Medical and sanitary report of the native army of Madras for the year
Year: 1878
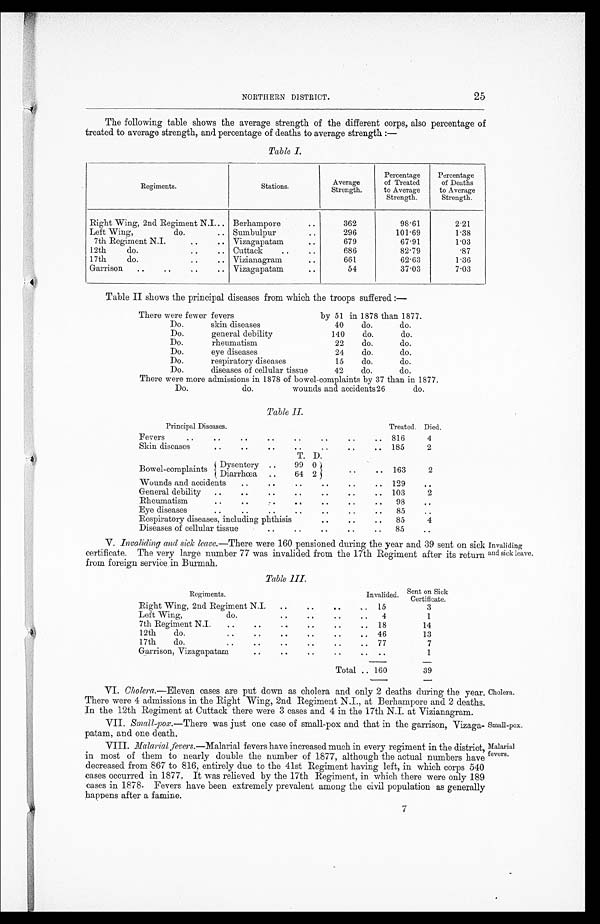
Small-pox.
Malarial
fevers.
NORTHERN DISTRICT.
25
The following table shows the average strength of the different corps, also percentage of
treated to average strength, and percentage of deaths to average strength :—
Table I.
Regiments.
Stations.
Average
Strength.
Percentage
of Treated
to Average
Strength.
Percentage
of Deaths
to Average
Strength.
Right Wing, 2nd Regiment N.I... Berhampore
. .
362
98.61
2.21
Left Wing,
do.
. . Sumbulpur..
296
101.69
1.38
7th Regiment N.I.
..
.. Vizagapatam..
679
67.91
1.03
12th
do.
..
.. Cuttack
..
..
686
82.79
.87
17th
do.
..
.. Vizianagram
..
661
62.63
1.36
Garrison
..
.. .. ..
Vizagapatam
..
54
37.03
7.03
Table II shows the principal diseases from which the troops suffered :—
There were fewer fevers
by 51 in 1878 than 1877.
Do.
skin diseases
40
do.
do.
Do.
general debility
140
do.
do.
Do.
rheumatism
22
do.
do.
Do.
eye diseases
24
do.
do.
Do.
respiratory diseases
15
do.
do.
Do.
diseases of cellular tissue
42
do.
do.
There were more admissions in 1878 of bowel-complaints by 37 than in 1877.
Do.
do
wounds and accidents 26
do.
Table II.
Principal Diseases.
Treated. Died.
..
Fevers..
..
..
..
..
..
.. 816
4
Skin diseases..
..
..
..
.. 185
2
T. D.
Bowel-complaints
Dysentery ..
99 0 i
.. 163
2
.
Diarrhoe ho
..
64 2 j
Wounds and accidents
..
• .
..
..
..
.. 129
..
General debility
..
• •
..
• .
..
• .
.. 103
2
Rheumatism.. Rheumatis
Eye diseases.. ..
..
• •
..
..
..
..
..
98
85
..
..
Respiratory diseases, including phthisis
..
• .
..
85
4
Diseases of cellular tissue
• .
..
..
• .
..
85
..
V. Invaliding and sick leave.—There were 160 pensioned during the year and 39 sent on sick
certificate. The very large number 77 was invalided from the 17th Regiment after its return
from foreign service in Biumah.
Table III.
Regiments.
Invalided. Sent on Sick
Certificate.
Right Wing, 2nd Regiment N.I.
. .
. .
. .
. . 15
3
Left Wing,
do
. .
. .
. .
..
4
1
7th Regiment N.I.
..
..
. .
. .
. .
..
18
14
12th
do.
..
..
..
. .
. .
..
46
13
17th
do.
..
• •
. .
. .
. .
..
77
7
Garrison, Vizagapatam
• .
. .
. .
. .
..
..
1
Total .. 160
39
VI. Cholera.—Eleven cases are put down as cholera and only 2 deaths during the year.
There were 4 admissions in the Right Wing, 2nd Regiment NJ., at Berhampore and 2 deaths.
In the 12th Re giment at Cuttack there were 3 cases and 4 in the 17th N.J. at Vizianagram.
VII. Small-pox.—There was just one case of small-pox and that in the garrison, Vizaga-
patam, and one death.
VIII. Malarial levers.—Malarial fevers have increased much in every regiment in the district,
in most of them to nearly double the number of 1877, although the actual numbers have
decreased from 867 to 816, entirely due to the 41st Regiment having left, in which corps 540
cases occurred in 1877. It was relieved by the 17th Regiment, in which there were only 189
cases in 1878. Fevers have been extremely prevalent among the civil population as generally
happens after a famine.
Invaliding
.nd sick leave.
Cholera.
7